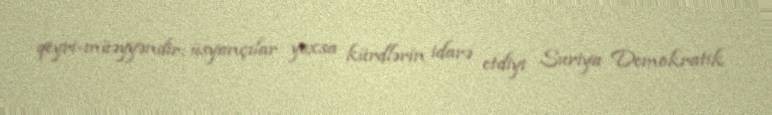
qeyri-müəyyəndir: üsyançılar yoxsa kürdlərin idarə etdiyi Suriya Demokratik